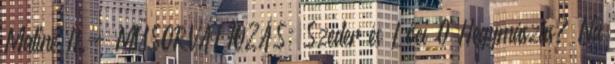
Matiné II.- MŰSORVÁLTOZÁS: Szeder és Lóci 0 Hegymászás? Na